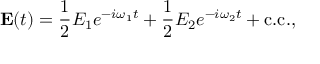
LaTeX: \mathbf { E } ( t ) = { \frac { 1 } { 2 } } E _ { 1 } e ^ { - i \omega _ { 1 } t } + { \frac { 1 } { 2 } } E _ { 2 } e ^ { - i \omega _ { 2 } t } + { \mathrm { c . c . } } ,